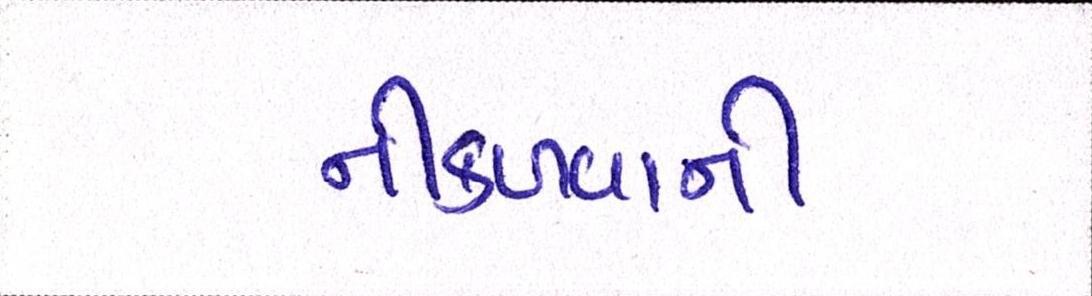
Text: નીકળવાની